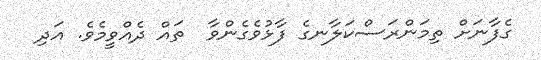
ގެފާނަށް ތިމަންރަސްކަލާނގެ ފާޅުވެގެންވާ  ތައް ދެއްވީމެވެ. އަދި